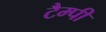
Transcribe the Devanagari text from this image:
टैम्पी